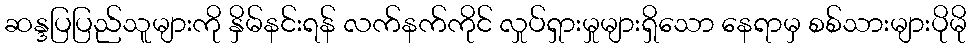
ဆန္ဒပြပြည်သူများကို နှိမ်နင်းရန် လက်နက်ကိုင် လှုပ်ရှားမှုများရှိသော နေရာမှ စစ်သားများပိုမို